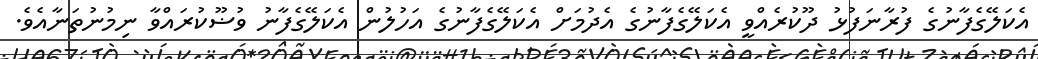
އެކަލޭގެފާނުގެ ފުރާނަފުޅު ދޫކުރެއްވީ އެކަލޭގެފާނުގެ އެދުމަށް އެކަލޭގެފާނުގެ އަހުލުން އެކަލޭގެފާނު ވުޟޫކުރައްވާ ނިމުނުތަނާއެވެ.